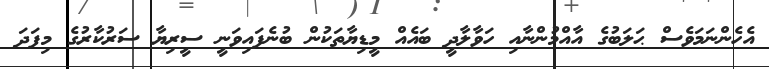
އެހެންނަމަވެސް ޙަލަބުގެ އާއްމުންނާއި ހަވާލާދީ ބައެއް މީޑިޔާތަކުން ބުނެފައިވަނީ ސީރިޔާ ސަރުކާރުގެ މިފަދަ